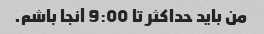
من باید حداکثر تا 9:00 آنجا باشم.